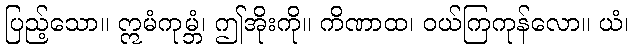
ပြည့်သော။ ဣမံကုမ္ဘံ၊ ဤအိုးကို။ ကိဏာထ၊ ဝယ်ကြကုန်လော။ ယံ၊